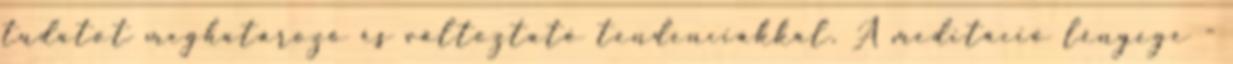
tudatot meghatározó és változtató tendenciákkal. A meditáció lényege -